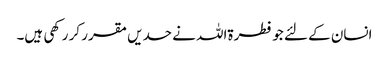
انسان کے لئے جو فطرۃاللہ نے حدیں مقرر کر رکھی ہیں۔